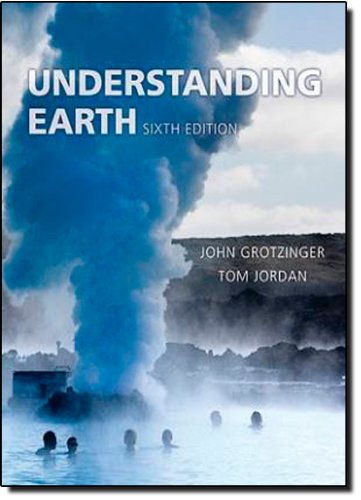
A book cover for Understanding Earth; John Grotzinger; Science & Math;